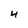
Character: 4